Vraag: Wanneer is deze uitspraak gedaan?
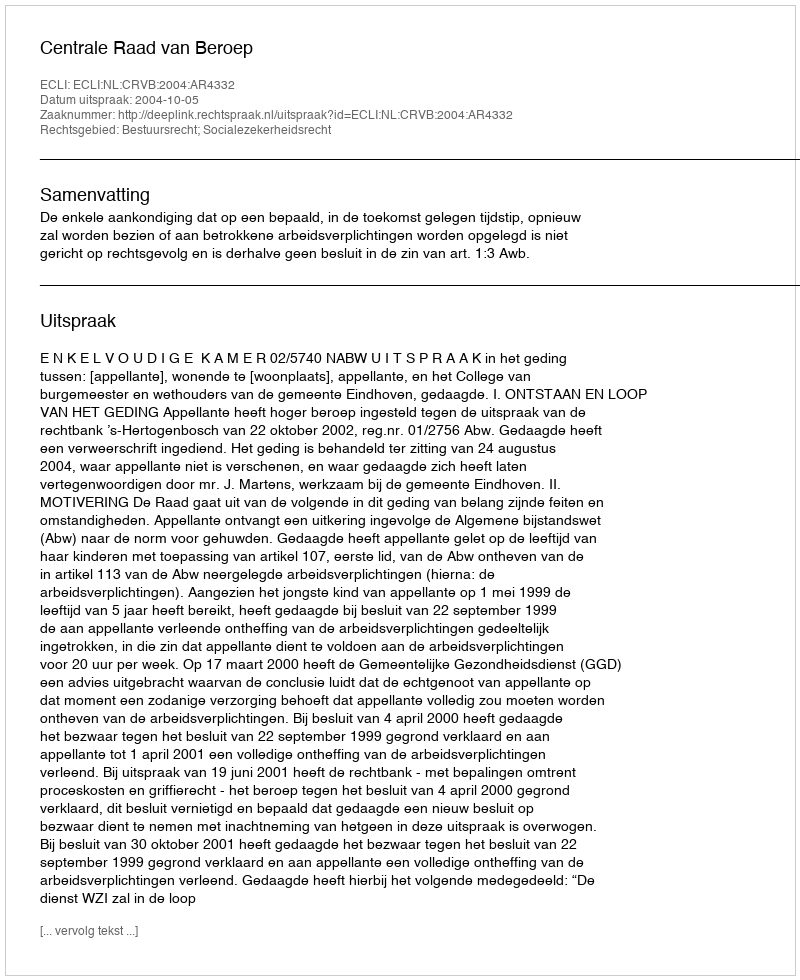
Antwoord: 2004-10-05